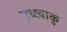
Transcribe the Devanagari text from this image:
इच्क्ष्वाकु